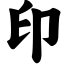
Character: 印